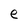
Character: e